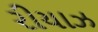
રીયાઝ